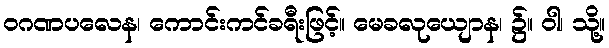
ဝဂဏပလေန၊ ကောင်းကင်ခရီးဖြင့်။ မေခလုယျောန၊ ၌။ ဝါ၊ သို့။